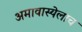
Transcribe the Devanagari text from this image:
अमावास्येलाच